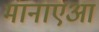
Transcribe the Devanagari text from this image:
मानाएआ